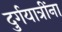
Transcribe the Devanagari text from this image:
दुर्गयात्रींना